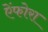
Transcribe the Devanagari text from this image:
ऐंफोरा